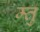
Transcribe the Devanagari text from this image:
म्तु